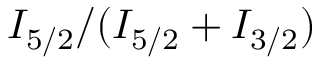
I _ { 5 / 2 } / ( I _ { 5 / 2 } + I _ { 3 / 2 } )